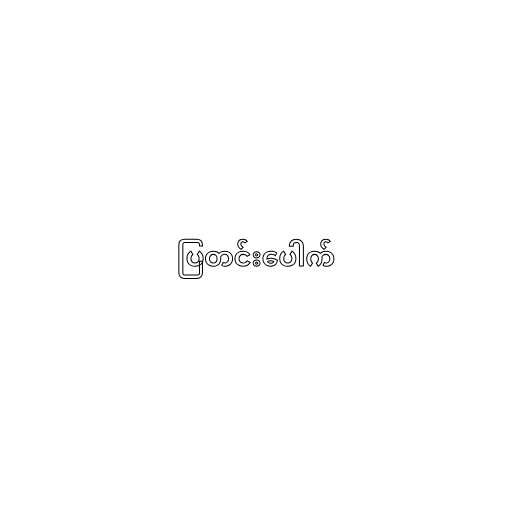
ပြတင်းပေါက်